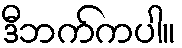
ဒီဘက်ကပါ။